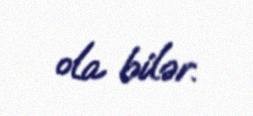
ola bilər.